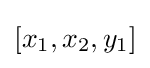
[x_{1},x_{2},y_{1}]